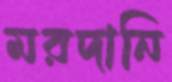
মরদানি